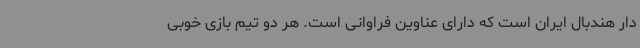
دار هندبال ایران است که دارای عناوین فراوانی است. هر دو تیم بازی خوبی